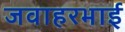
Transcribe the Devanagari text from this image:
जवाहरभाई